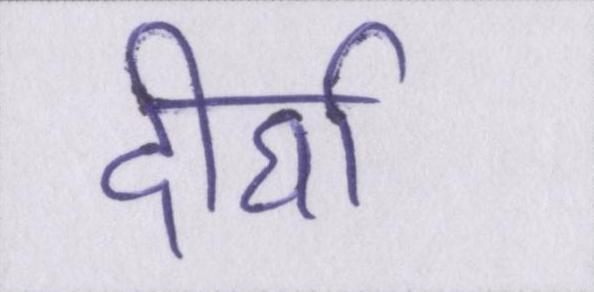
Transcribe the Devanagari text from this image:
दीर्घा